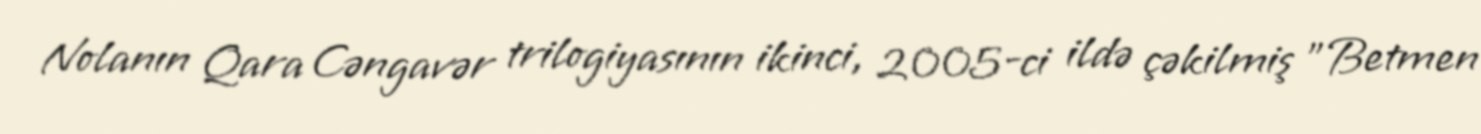
Nolanın Qara Cəngavər trilogiyasının ikinci, 2005-ci ildə çəkilmiş "Betmen